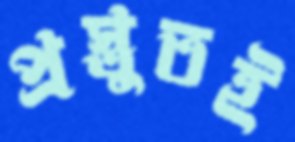
প্রস্তুতই